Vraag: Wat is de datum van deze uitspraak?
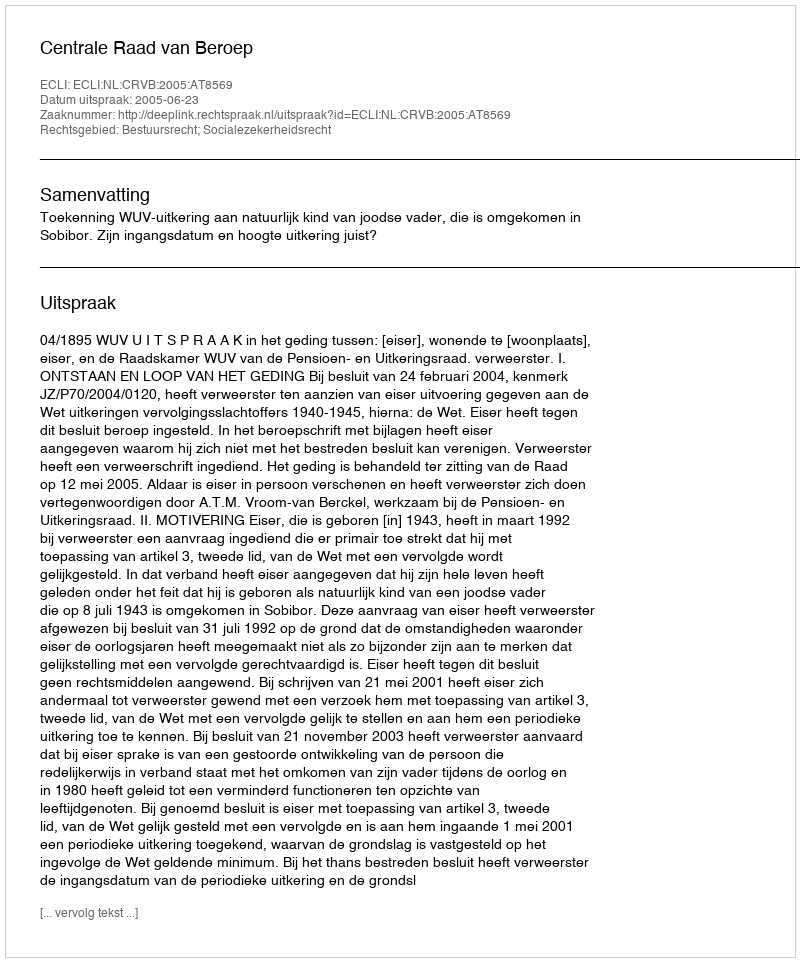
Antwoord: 2005-06-23